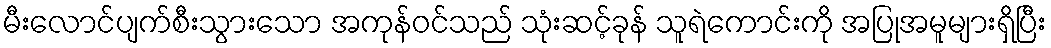
မီးလောင်ပျက်စီးသွားသော အကုန်ဝင်သည် သုံးဆင့်ခုန် သူရဲကောင်းကို အပြုအမူများရှိပြီး